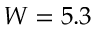
W = 5 . 3